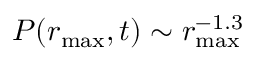
P ( r _ { \operatorname* { m a x } } , t ) \sim r _ { \operatorname* { m a x } } ^ { - 1 . 3 }